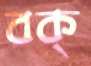
বক্